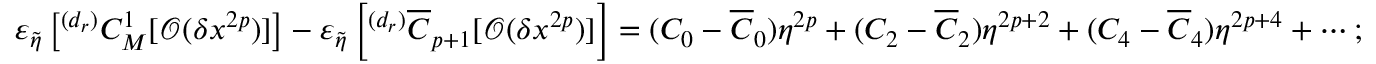
\varepsilon _ { \tilde { \eta } } \left[ ^ { ( d _ { r } ) } C _ { M } ^ { 1 } [ \mathcal { O } ( \delta x ^ { 2 p } ) ] \right] - \varepsilon _ { \tilde { \eta } } \left[ ^ { ( d _ { r } ) } \overline { { C } } _ { p + 1 } [ \mathcal { O } ( \delta x ^ { 2 p } ) ] \right] = ( C _ { 0 } - \overline { { C } } _ { 0 } ) \eta ^ { 2 p } + ( C _ { 2 } - \overline { { C } } _ { 2 } ) \eta ^ { 2 p + 2 } + ( C _ { 4 } - \overline { { C } } _ { 4 } ) \eta ^ { 2 p + 4 } + \cdots ;